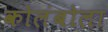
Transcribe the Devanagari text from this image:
कोलंबोला